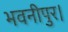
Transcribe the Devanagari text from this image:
भवनीपुर।